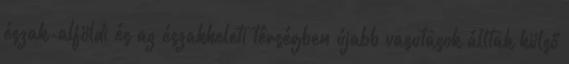
észak-alföldi és az északkeleti térségben újabb vasutasok álltak külső